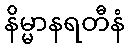
နိမ္မာနရတီနံ